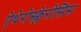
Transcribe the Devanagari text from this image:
ऐथेरोस्क्लेरोसिस